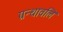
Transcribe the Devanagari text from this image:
ग्रन्थावलि